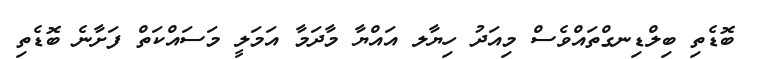
ބޮޑެތި ބިލްޑިނގްތައްވެސް މިއަދު ހިޔާލ އައްޔާ މާދަމާ އަމަލީ މަސައްކަތް ފަށާނެ ބޮޑެތި